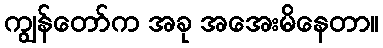
ကျွန်တော်က အခု အအေးမိနေတာ။